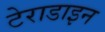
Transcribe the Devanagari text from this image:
टेराडाइन